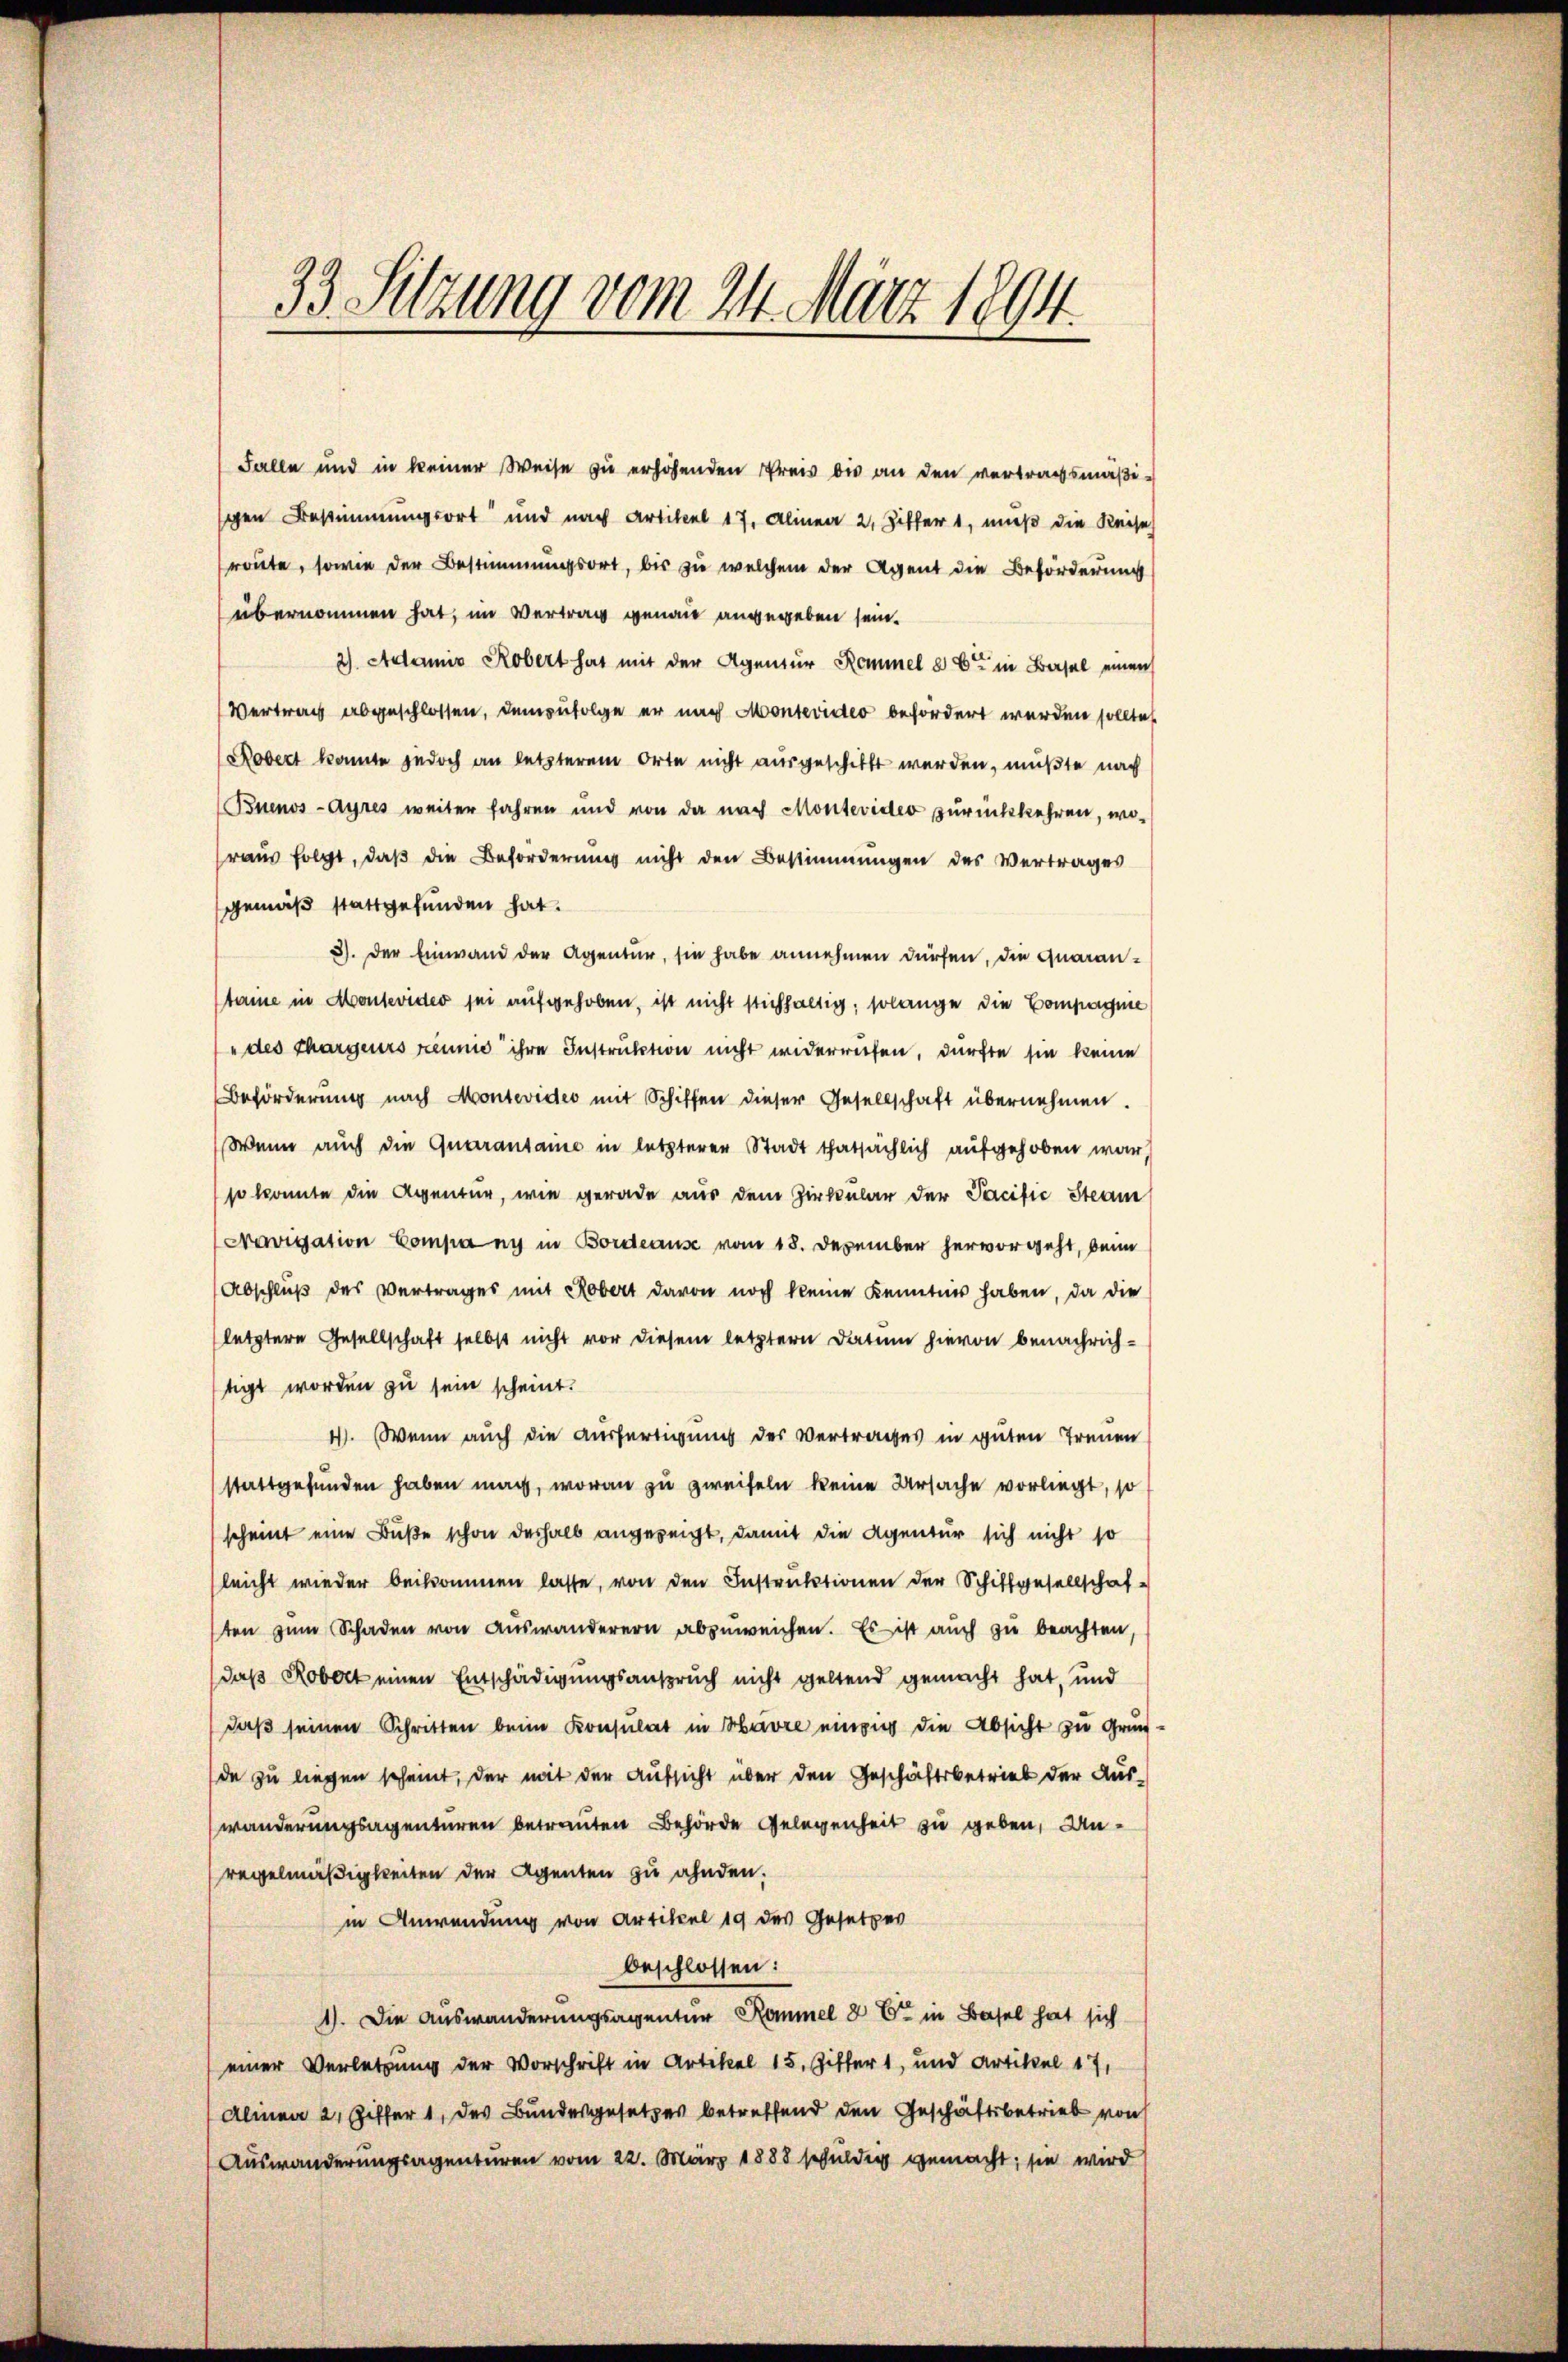
33 Sitzung vom 24. März 1894.

Falle und in keiner Weise zu erhöhenden Preis bis an den vertragsmäßischen Bestimmungsort und nach Artikel 17. Alinea 2. Ziffer 1, muß die Reise
route, sowie der Bestimmungsort, bis zu welchem der Agent die Beförderung
übernommen hat, im Vertrag genau angegeben sein.
2) Adamit Robert hat mit der Agentur Kommel aber in Basel einen
Vertrag abgeschlossen, demzufolge er nach Montevideo befordert werden sollte
Kobert konnte jedoch an letzterem Orte nicht ausgeschickt werden, mußte nach
Buenos-Ayres weiter fahren und von da nach Montevideo zurückkehren, wo-
raus folgt, daß die Beförderung nicht den Bestimmungen des Vertrages
gemäß stattgefunden hat.
3). Der Einwand der Agentur, sie habe annehmen dürfen, die Quaranstaine in Montevider sei aufgehoben, ist nicht stichhaltig, solange die Compagnie
" des chargeurs reume ihre Instruktion nicht widerrufen, dürfte sie keine
Beförderung nach Montevideo mit Schiffen dieser Gesellschaft übernehmen.
Wenn auch die Quarantane in letzterer Stadt thatsächlich aufgehoben war,
so konnte die Agentur, wie gerade aus dem Zirkular der Pacifić Steam
Navigation Company in Bordeause vom 18. Dezember hervorgeht, beim
(Abschluß des Vertrages mit Robert davon noch keine Kenntnis haben, da die
letztere Gesellschaft selbst nicht vor diesem letztern Datum hievon benachrichtigt worden zu sein scheint.
4. Wenn auch die Ausfertigung des Vertrages in guten Treuen
stattgefunden haben mach, woran zu zweifeln keine Ursache vorliegt, so
scheint eine Buße schon deshalb angezeicht, damit die Agentur sich nicht so
leicht wieder beikommen lasse, von den Instruktionen der Schiffgesellschaf
ten zŭm Schaden von aŭswanderern abzŭweichen. Es ist auch zu beachten,
daß Robert einen Entschädigungsanspruch nicht geltend gemacht hat, und
daß seinen Schritten beim Konsulat in Havre einen die Absicht zu Gründe zu liegen scheint, der mit der Aufsicht über den Geschäftsbetrieb der Aus-
wanderungsagenturen betrauten Behörde Gelegenheit zu geben, Unregelmäßigkeiten der Agenten zu ahnden.
in Anwendung von Artikel 19 des Gesetzes
beschlossen:
1). Die Auswanderungsagentur Rommel & 6 in Basel hat sich
einer Verletzung der Vorschrift in Artikel 15, Zitter 1, und Artikel 17,
Alinea 2, Ziffer 1, des Bundesgesetzes betreffend den Geschäftsbetrieb von
Auswanderungsagenturen vom 22. März 1888 schuldig gemacht; sie wird